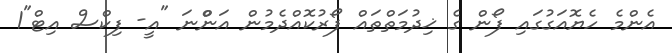
އެންމެ ހެޔޮއަގުގައި ފޯން ގެ ޚިދުމަތްތައް ފޯރުކޮއްދެމުން އަންްނަ "އީ- ފިކްސް އިޓް"1